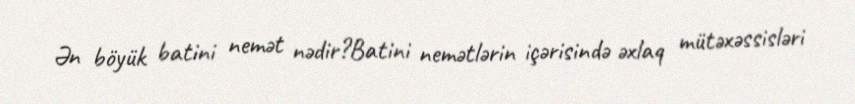
Ən böyük batini nemət nədir?Batini nemətlərin içərisində əxlaq mütəxəssisləri